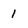
Character: 1